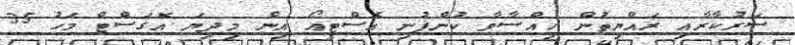
ސަރުކާރާއި ރައްޔިތުން ހިއްސާވާ ކުންފުނި އެސްޓީއޯ އިން މިދިޔަ އޮގަސްޓް މަހު 35